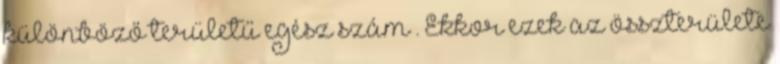
különböző területű egész szám . Ekkor ezek az összterülete